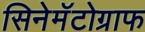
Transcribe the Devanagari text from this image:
सिनेमॅटोग्राफ